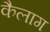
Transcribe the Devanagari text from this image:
कैलाग